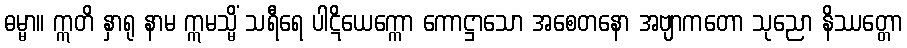
ဓမ္မာ။ ဣတိ နှာရု နာမ ဣမသ္မိံ သရီရေ ပါဋိယေက္ကော ကောဋ္ဌာသော အစေတနော အဗျာကတော သုညော နိဿတ္တော